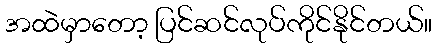
အထဲမှာတော့ ပြင်ဆင်လုပ်ကိုင်နိုင်တယ်။